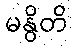
မနွိတိ